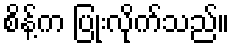
စိန့်က ပြုံးလိုက်သည်။